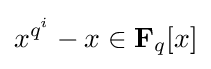
x^{q^{i}}-x\in \mathbf {F} _{q}[x]